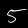
Label: 5